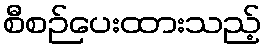
စီစဉ်ပေးထားသည့်